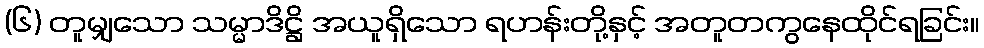
(၆) တူမျှသော သမ္မာဒိဋ္ဌိ အယူရှိသော ရဟန်းတို့နှင့် အတူတကွနေထိုင်ရခြင်း။